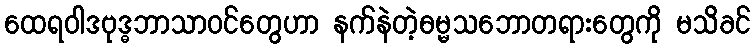
ထေရဝါဒဗုဒ္ဓဘာသာဝင်တွေဟာ နက်နဲတဲ့ဓမ္မသဘောတရားတွေကို မသိခင်